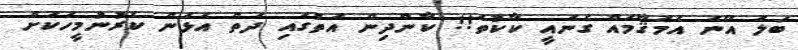
ބަލަ އޭނަ އެމަޤާމައް ގެނައީ ކާކުތަ!! ކާންދިން އަތުގައި ދަތް އެޅަން ކެރުނުމީހަކަށް